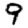
Digit: 9